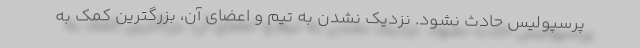
پرسپولیس حادث نشود. نزدیک نشدن به تیم و اعضای آن، بزرگترین کمک به